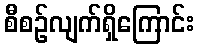
စီစဉ်လျက်ရှိကြောင်း